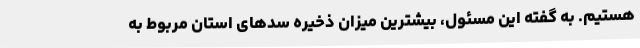
هستیم. به گفته این مسئول، بیشترین میزان ذخیره سدهای استان مربوط به